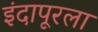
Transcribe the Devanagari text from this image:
इंदापूरला